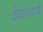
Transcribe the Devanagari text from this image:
ठेवावयाचे